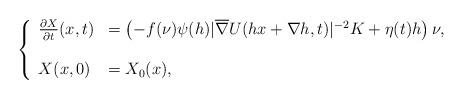
LaTeX: \begin{align*}\left\{\begin{array}{ll}\frac{\partial{X}}{\partial{t}} (x,t)&=\left(-f(\nu){\psi} (h)|\overline{\nabla} U(hx+\nabla h,t)|^{-2}K+\eta(t)h\right)\nu ,\\\\X(x,0)&=X_0(x),\end{array}\right.\end{align*}